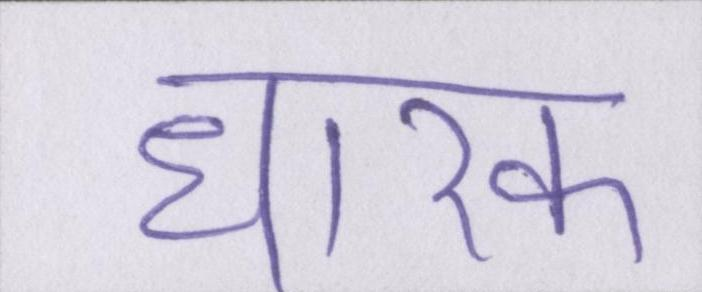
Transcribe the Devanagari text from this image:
धारक